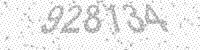
Solution: 928134